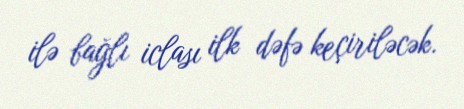
ilə bağlı iclası ilk dəfə keçiriləcək.